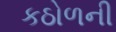
કઠોળની